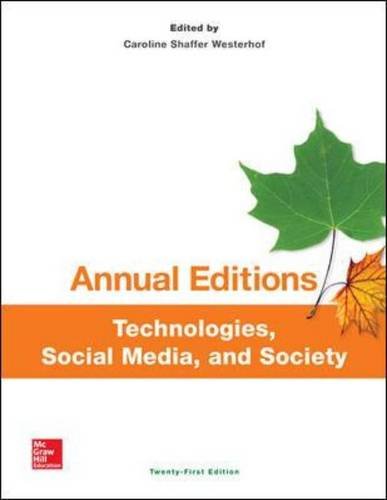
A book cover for Annual Editions: Technologies, Social Media, and Society, 21/e; Caroline Westerhof; Computers & Technology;